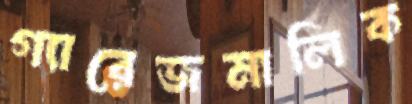
গ্যারেজমালিক